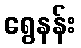
ရွေနန်း